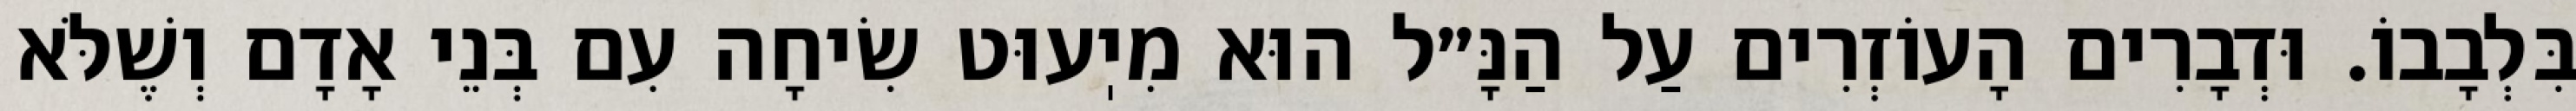
בִּלְבָבוֹ. וּדְבָרִים הָעוֹזְרִים עַל הַנָּ״ל הוּא מִיֽעוּט שִׂיחָה עִם בְּנֵי אָדָם וְשֶׁלֹּא